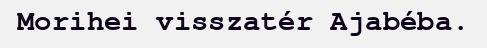
Morihei visszatér Ajabéba.